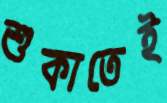
শুকাতেই